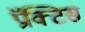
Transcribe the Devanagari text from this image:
प्रॅक्‍टिस